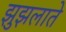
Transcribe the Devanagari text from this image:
झुझलाते